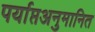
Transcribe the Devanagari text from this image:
पर्याप्तअनुमानित